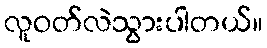
လူဝတ်လဲသွားပါတယ်။